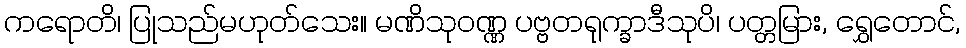
ကရောတိ၊ ပြုသည်မဟုတ်သေး။ မဏိသုဝဏ္ဏ ပဗ္ဗတရုက္ခာဒီသုပိ၊ ပတ္တမြား, ရွှေတောင်,